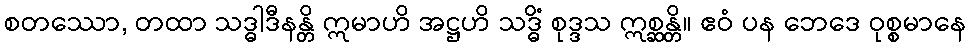
စတဿော, တထာ သဒ္ဓါဒီနန္တိ ဣမာဟိ အဋ္ဌဟိ သဒ္ဓိံ စုဒ္ဒသ ဣစ္ဆန္တိ။ ဧဝံ ပန ဘေဒေ ဝုစ္စမာနေ